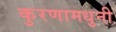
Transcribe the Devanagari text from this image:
कुरणामधुनी